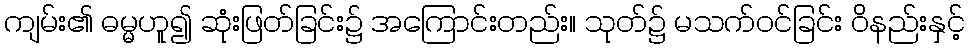
ကျမ်း၏ ဓမ္မဟူ၍ ဆုံးဖြတ်ခြင်း၌ အကြောင်းတည်း။ သုတ်၌ မသက်ဝင်ခြင်း ဝိနည်းနှင့်